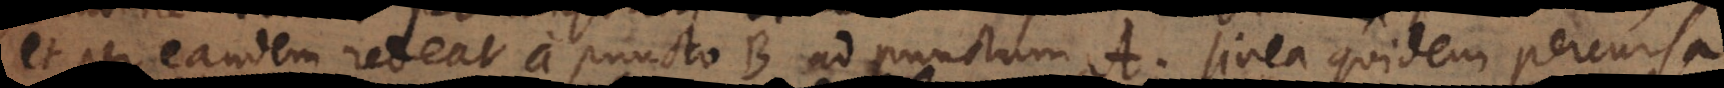
et per eandem redeat a puncto B ad punctum A, linea quidem percursa